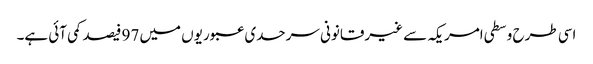
اسی طرح وسطی امریکہ سے غیرقانونی سرحدی عبوریوں میں 97 فیصد کمی آئی ہے۔